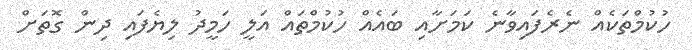
ހުކުމްތަކެއް ނެރެފައިވާނެ ކަމަށާއި ބައެއް ހުކުމްތައް އަލީ ހަމީދު ލިޔެފައި ދިން ގޮތަށް